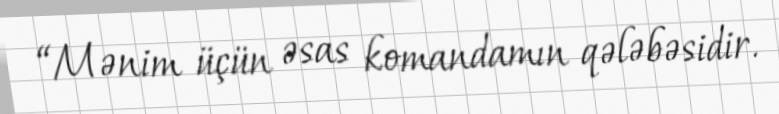
“Mənim üçün əsas komandamın qələbəsidir.